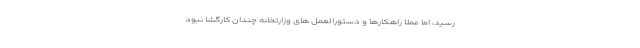
رسید، اما عملا راهکارها و دستورالعمل های وزارتخانه چندان کارگشا نبود